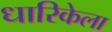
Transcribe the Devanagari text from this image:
धारिकेला